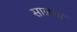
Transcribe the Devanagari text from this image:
सालना